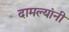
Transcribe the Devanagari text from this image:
दामल्यांनी